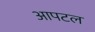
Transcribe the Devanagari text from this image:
आपटल